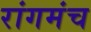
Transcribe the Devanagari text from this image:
रांगमंच